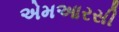
એમઆરસી